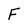
Character: F